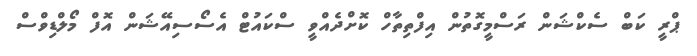
ޕްރީ ކަބް ސެކްޝަން ރަސްމީގޮތުން އިފްތިތާހް ކޮށްދެއްވީ ސްކައުޓް އެސޯސިއޭޝަން އޮފް މޯލްޑިވްސް